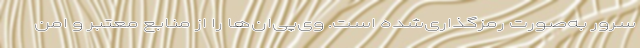
سرور به‌صورت رمزگذاری‌شده است. وی‌پی‌ان‌ها را از منابع معتبر و امن